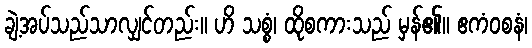
ချဲ့အပ်သည်သာလျှင်တည်း။ ဟိ သစ္စံ၊ ထိုစကားသည် မှန်၏။ ဧကံဝစနံ၊